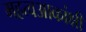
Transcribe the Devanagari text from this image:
महत्वआकांक्षी